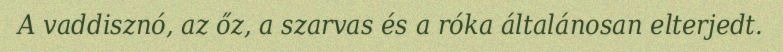
A vaddisznó, az őz, a szarvas és a róka általánosan elterjedt.